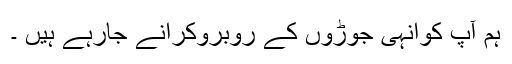
ہم آپ کوانہی جوڑوں کے روبروکرانے جارہے ہیں ۔